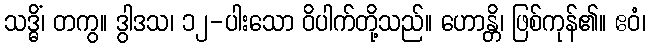
သဒ္ဓိံ၊ တကွ။ ဒွါဒသ၊ ၁၂-ပါးသော ဝိပါက်တို့သည်။ ဟောန္တိ၊ ဖြစ်ကုန်၏။ ဧဝံ၊